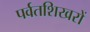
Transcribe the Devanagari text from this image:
पर्वतशिखरों